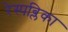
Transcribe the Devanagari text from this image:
रेस्पब्लिका